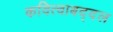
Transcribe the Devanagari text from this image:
कवित्वाबद्दल